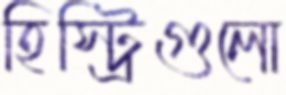
হিস্ট্রিগুলো